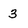
Character: 3